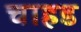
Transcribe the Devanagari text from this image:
चाहड